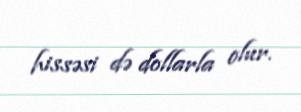
hissəsi də dollarla olur.